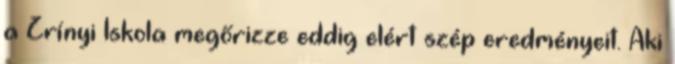
a Zrínyi Iskola megőrizze eddig elért szép eredményeit. Aki